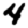
Digit: 4